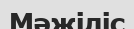
Мәжіліс